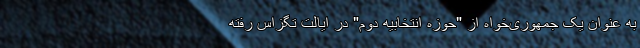
به عنوان یک جمهوری‌خواه از "حوزه انتخابیه دوم" در ایالت تگزاس رفته